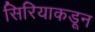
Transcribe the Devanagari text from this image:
सिरियाकडून